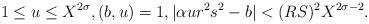
LaTeX: \begin{align*} 1 \le u \le X^{2\sigma}, (b, u) = 1, |\alpha ur^2s^2 - b| < (RS)^2X^{2\sigma-2}. \end{align*}